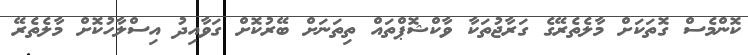
ކޮންމެސް ގޮތަކަށް މާލެތެރޭގެ ގަރާޖުތަކާ ވާކްޝޮޕްތައް ތިތަނަށް ބޭރުކޮށް ގަވާއިދު އިސްލާހުކޮށް މާލެތެރޭ